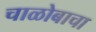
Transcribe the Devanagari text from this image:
चाळोबाचा